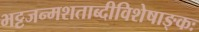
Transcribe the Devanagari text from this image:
भट्टजन्मशताब्दीविशेषाङ्कः